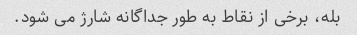
بله، برخی از نقاط به طور جداگانه شارژ می شود.